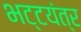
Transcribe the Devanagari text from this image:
भट्टयंत्र